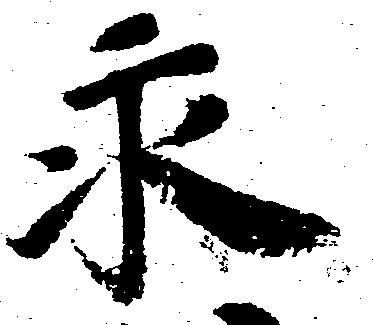
永